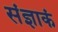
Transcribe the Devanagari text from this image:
संज्ञाकं